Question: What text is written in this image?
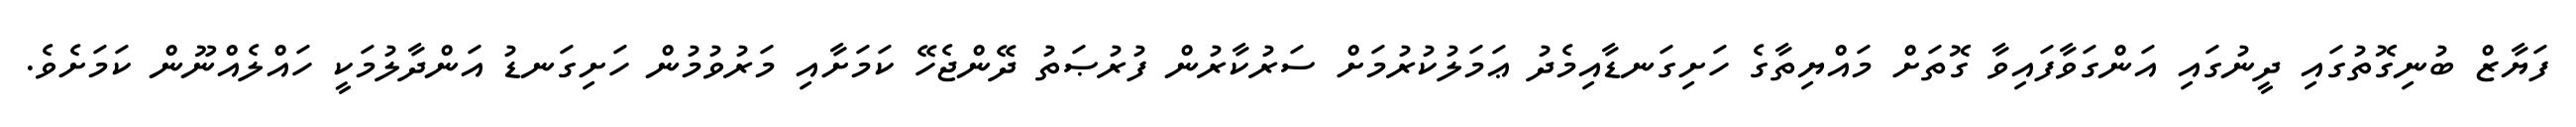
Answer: ފަޔާޒް ބުނިގޮތުގައި ދީނުގައި އަންގަވާފައިވާ ގޮތަށް މައްޔިތާގެ ހަށިގަނޑާއިމެދު ޢަމަލުކުރުމަށް ސަރުކާރުން ފުރުޞަތު ދޭންޖެހޭ ކަމަށާއި މަރުވުމުން ހަށިގަނޑު އަންދާލުމަކީ ހައްލެއްނޫން ކަމަށެވެ.